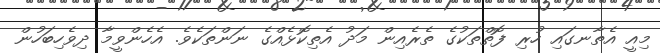
މިއީ އެތާނގައި ހުރި ފޮތްތަކުގެ ތެރެއިން މަދު އެތިކޮޅެއްގެ ނަންތަކެވެ. އެހެންވީމާ ދިވެހިބަހުން